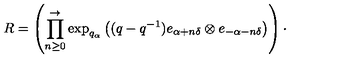
R = \left( \prod _ { n \geq 0 } ^ { \rightarrow } \exp _ { q _ { \alpha } } \left( ( q - q ^ { - 1 } ) e _ { \alpha + n \delta } \otimes e _ { - \alpha - n \delta } \right) \right) \cdot